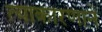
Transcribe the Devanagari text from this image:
त्याकारणाने